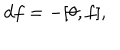
LaTeX: d f = - [ \theta , f ] ,